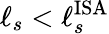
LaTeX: \ell_{s}<\ell_{s}^{\mathrm{ISA}}